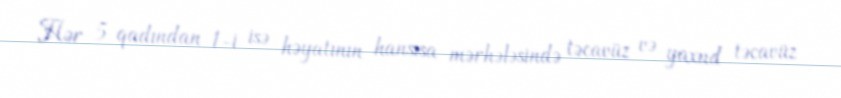
Hər 5 qadından 1-i isə həyatının hansısa mərhələsində təcavüz və yaxud təcavüz